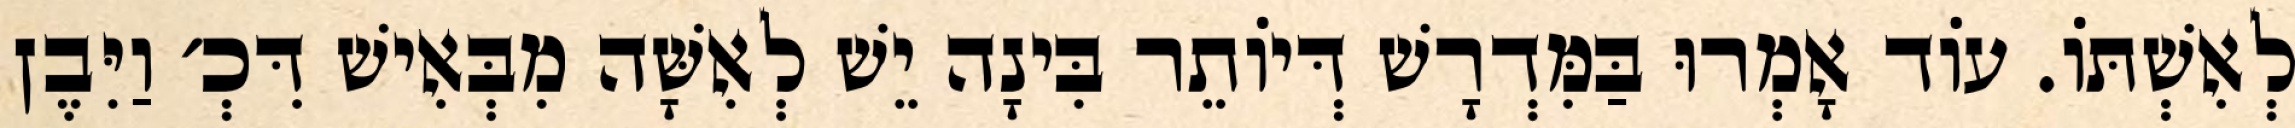
לְאִשְׁתּוֹ. עוֹד אָמְרוּ בַּמִּדְרָשׁ דְּיוֹתֵר בִּינָה יֵשׁ לְאִשָּׁה מִבְּאִישׁ דִּכְ׳ וַיִּבֶן